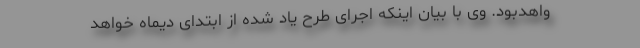
واهدبود. وی با بیان اینکه اجرای طرح یاد شده از ابتدای دیماه خواهد